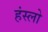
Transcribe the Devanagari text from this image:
हंस्लो